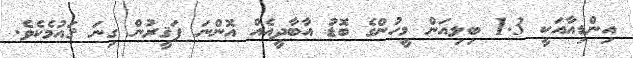
އިންޑިއާއަކީ 1.3 ބިލިއަން މީހުންގެ ބޮޑު އާބާދީއެއް އޮންނަ ފަޤީރުން ގިނަ ޤައުމެކެވެ.